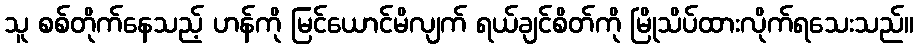
သူ စစ်တိုက်နေသည့် ဟန်ကို မြင်ယောင်မိလျက် ရယ်ချင်စိတ်ကို မြိုသိပ်ထားလိုက်ရသေးသည်။